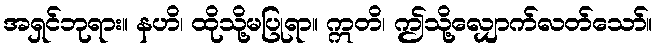
အရှင်ဘုရား။ နဟိ၊ ထိုသို့မပြုရာ။ ဣတိ၊ ဤသို့လျှောက်လတ်သော်။